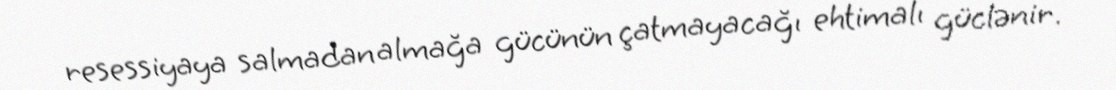
resessiyaya salmadan almağa gücünün çatmayacağı ehtimalı güclənir.